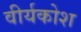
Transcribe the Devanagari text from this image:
वीर्यकोश